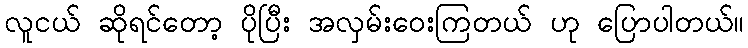
လူငယ် ဆိုရင်တော့ ပိုပြီး အလှမ်းဝေးကြတယ် ဟု ပြောပါတယ်။